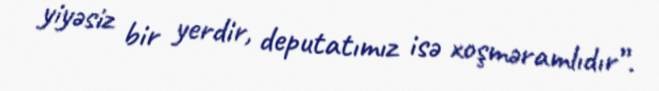
yiyəsiz bir yerdir, deputatımız isə xoşməramlıdır”.